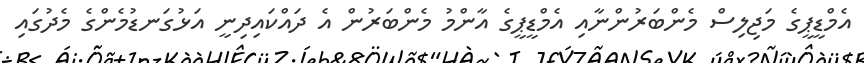
އެމްޑީޕީގެ މަޖިލިސް މެންބަރުންނާއި އެމްޑީޕީގެ އާންމު މެންބަރުން އެ ދައްކައިދިނީ އަޅުގަނޑުމެންގެ މެދުގައި